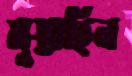
মুস্তাহিন